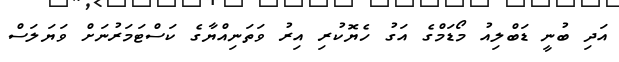
އަދި ބުނީ ޑަބްލިއު މޯޑަމްގެ އަގު ހެޔޮކުރި އިރު ވަތަނިއްޔާގެ ކަސްޓަމަރުނަށް ވަޔަލަސް